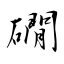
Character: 礀